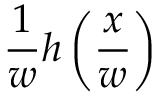
{ \frac { 1 } { w } } h \left( { \frac { x } { w } } \right)